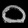
Digit: ၀